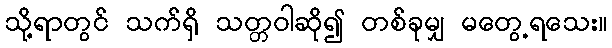
သို့ရာတွင် သက်ရှိ သတ္တဝါဆို၍ တစ်ခုမျှ မတွေ့ရသေး။